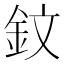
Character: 鈫